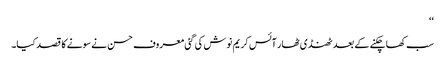
‘‘
سب کھا چکنے کے بعد ٹھنڈی ٹھار آئس کریم نوش کی گئی معروف حسن نے سونے کا قصد کیا۔